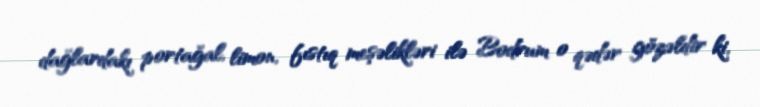
dağlardakı portağal, limon, fıstıq meşəlikləri ilə Bodrum o qədər gözəldir ki,